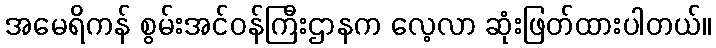
အမေရိကန် စွမ်းအင်ဝန်ကြီးဌာနက လေ့လာ ဆုံးဖြတ်ထားပါတယ်။